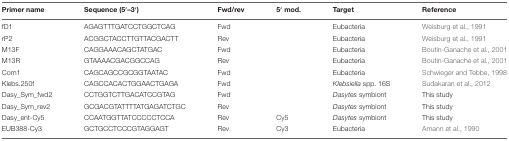
| Primer name | Sequence (5′–3′) | Fwd/rev | 5′ mod. | Target | Reference |
 | --- | --- | --- | --- | --- | --- |
 | fD1 | AGAGTTTGATCCTGGCTCAG | Fwd |  | Eubacteria | Weisburg et al., 1991 |
 | rP2 | ACGGCTACCTTGTTACGACTT | Rev |  | Eubacteria | Weisburg et al., 1991 |
 | M13F | CAGGAAACAGCTATGAC | Fwd |  | Eubacteria | Boutin-Ganache et al., 2001 |
 | M13R | GTAAAACGACGGCCAG | Rev |  | Eubacteria | Boutin-Ganache et al., 2001 |
 | Com1 | CAGCAGCCGCGGTAATAC | Fwd |  | Eubacteria | Schwieger and Tebbe, 1998 |
 | Klebs.250f | CAGCCACACTGGAACTGAGA | Fwd |  | Klebsiella spp. 16S | Sudakaran et al., 2012 |
 | Dasy_Sym_fwd2 | CCTGGTCTTGACATCCGTAG | Fwd |  | Dasytes symbiont | This study |
 | Dasy_Sym_rev2 | GCGACGTATTTTATGAGATCTGC | Rev |  | Dasytes symbiont | This study |
 | Dasy_ent-Cy5 | CCAATGGTTATCCCCCTCCA | Rev | Cy5 | Dasytes symbiont | This study |
 | EUB388-Cy3 | GCTGCCTCCCGTAGGAGT | Rev | Cy3 | Eubacteria | Amann et al., 1990 |